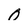
Character: 0